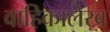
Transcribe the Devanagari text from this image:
वाहिकालेख